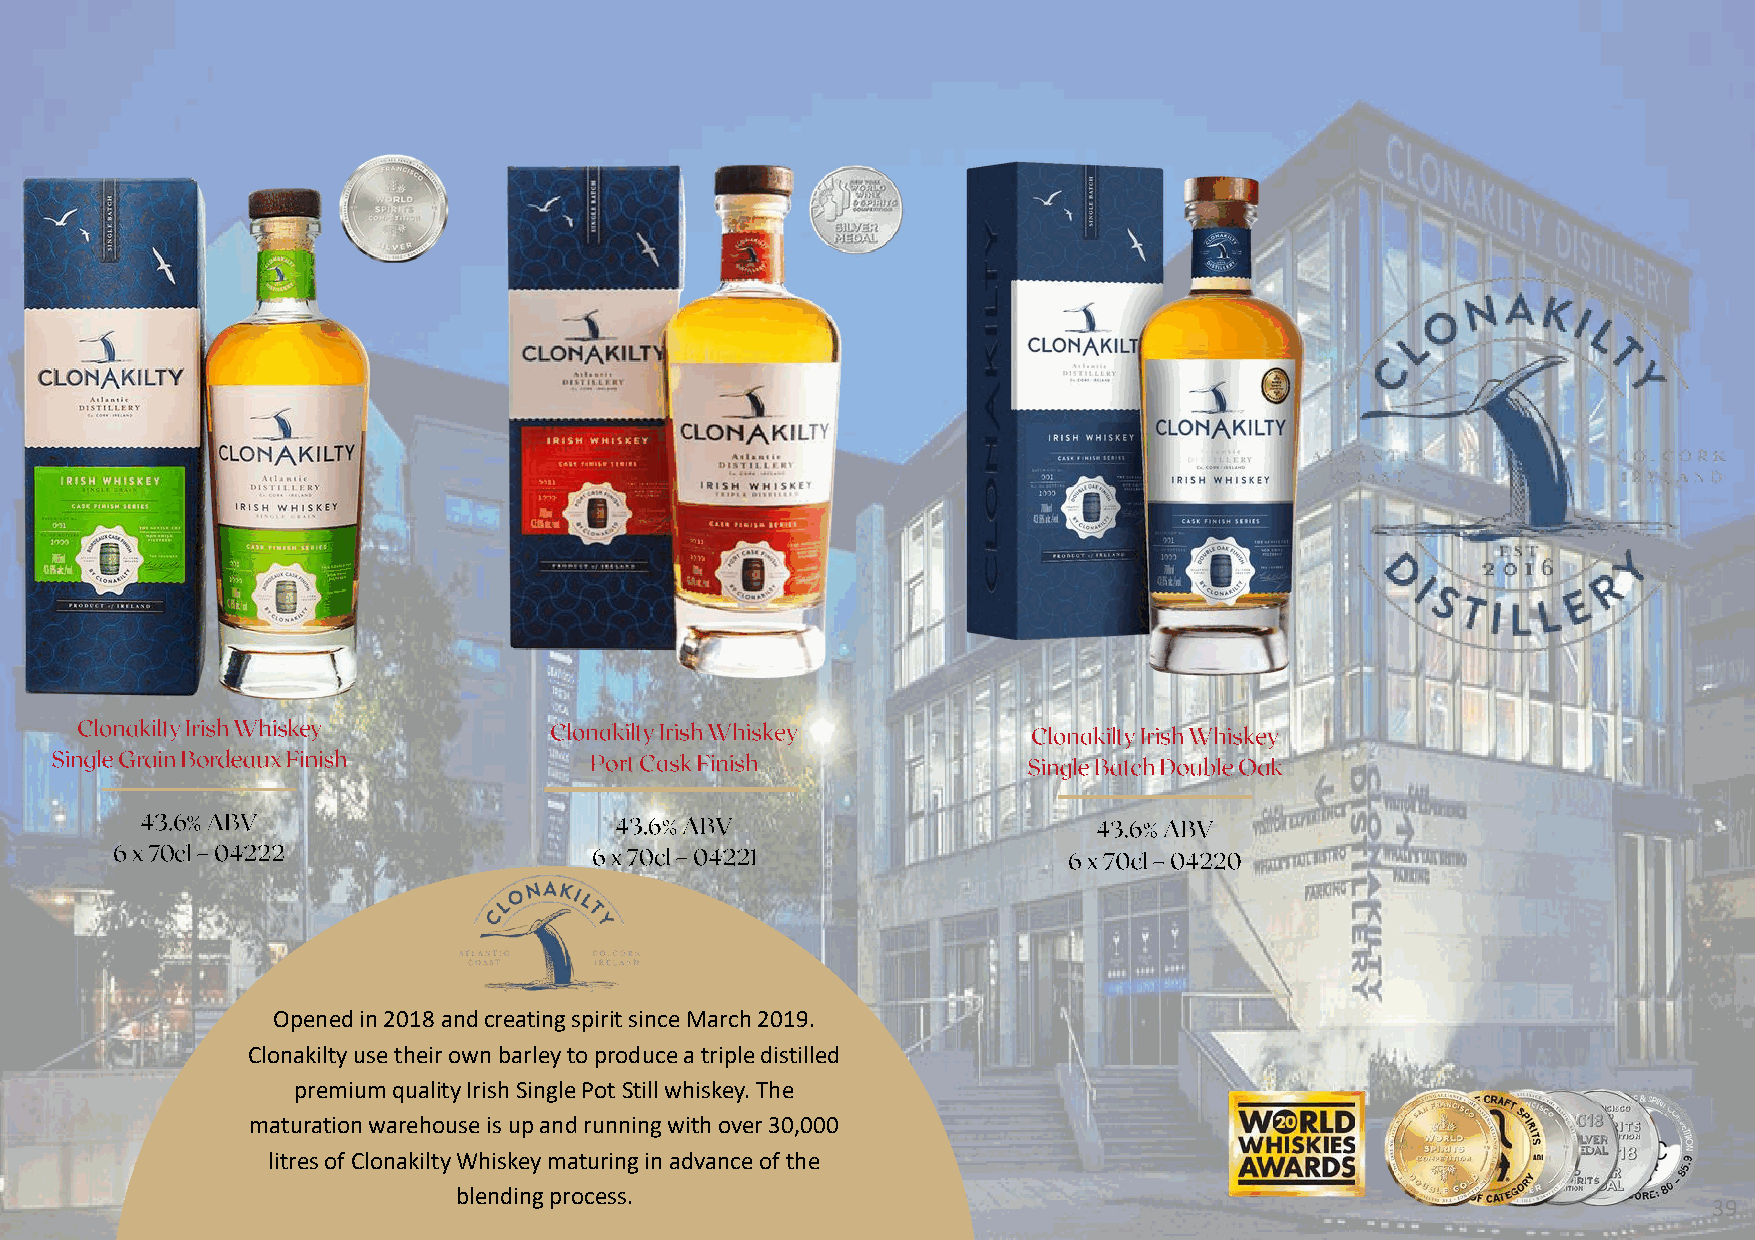
Opened in 2018 and creating spirit since March 2019.
 Clonakilty use their own barley to produce a triple distilled
 premium quality Irish Single Pot Still whiskey. The
 maturation warehouse is up and running with over 30,000
 litresof Clonakilty Whiskey maturing in advance of the
 blending process.
 39